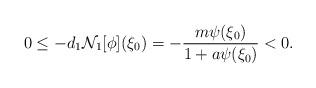
LaTeX: \begin{align*} 0\leq -d_{1} \mathcal{N}_1[\phi](\xi_0)&=-\displaystyle\frac{m\psi(\xi_0)}{1+a\psi(\xi_0)}<0.\end{align*}